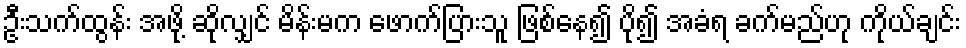
ဦးသက်ထွန်း အဖို့ ဆိုလျှင် မိန်းမက ဖောက်ပြားသူ ဖြစ်နေ၍ ပို၍ အခံရ ခက်မည်ဟု ကိုယ်ချင်း